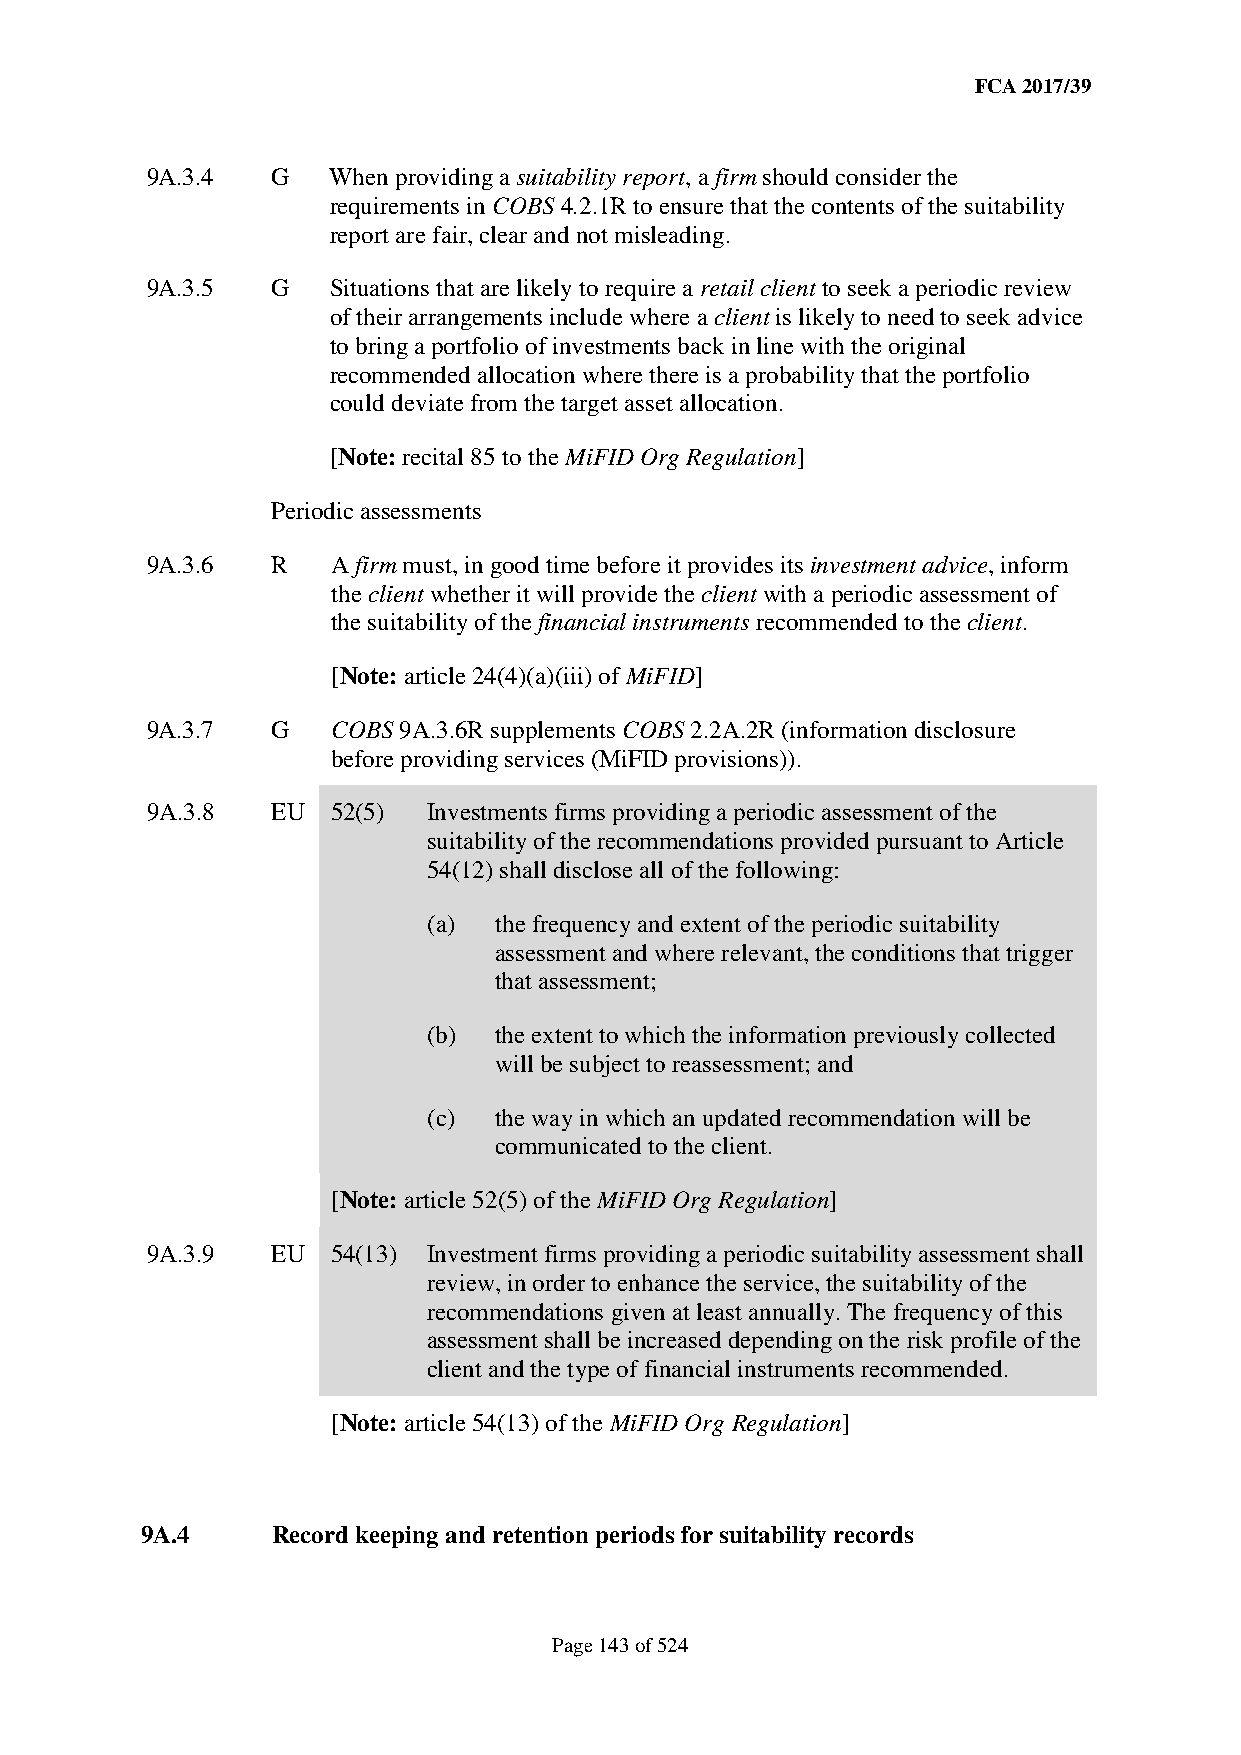
FCA 2017/39
 9A.3.4  G   When providing a suitability report, a firm should consider the
 requirements in COBS 4.2.1R to ensure that the contents of the suitability
 report are fair, clear and not misleading.
 9A.3.5  G   Situations that are likely to require a retail client to seek a periodic review
 of their arrangements include where a client is likely to need to seek advice
 to bring a portfolio of investments back in line with the original
 recommended allocation where there is a probability that the portfolio
 could deviate from the target asset allocation.
 [Note: recital 85 to the MiFID Org Regulation]
 Periodic assessments
 9A.3.6  R   A firm must, in good time before it provides its investment advice, inform
 the client whether it will provide the client with a periodic assessment of
 the suitability of the financial instruments recommended to the client.
 [Note: article 24(4)(a)(iii) of MiFID]
 9A.3.7  G   COBS 9A.3.6R supplements COBS 2.2A.2R (information disclosure
 before providing services (MiFID provisions)).
 9A.3.8  EU  52(5) Investments firms providing a periodic assessment of the
 suitability of the recommendations provided pursuant to Article
 54(12) shall disclose all of the following:
 (a)  the frequency and extent of the periodic suitability
 assessment and where relevant, the conditions that trigger
 that assessment;
 (b)  the extent to which the information previously collected
 will be subject to reassessment; and
 (c)  the way in which an updated recommendation will be
 communicated to the client.
 [Note: article 52(5) of the MiFID Org Regulation]
 9A.3.9  EU  54(13) Investment firms providing a periodic suitability assessment shall
 review, in order to enhance the service, the suitability of the
 recommendations given at least annually. The frequency of this
 assessment shall be increased depending on the risk profile of the
 client and the type of financial instruments recommended.
 [Note: article 54(13) of the MiFID Org Regulation]
 9A.4     Record keeping and retention periods for suitability records
 Page 143 of 524